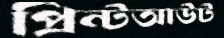
প্রিন্টআউট